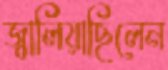
জ্বালিয়াছিলেন